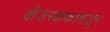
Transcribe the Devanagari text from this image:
क्षेत्ररक्षकाकडून